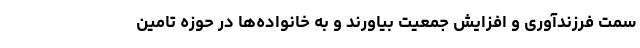
سمت فرزندآوری و افزایش جمعیت بیاورند و به خانواده‌ها در حوزه تامین